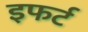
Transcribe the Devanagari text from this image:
इफर्ट